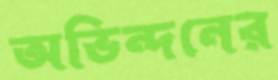
অভিন্দনের